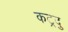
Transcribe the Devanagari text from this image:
कट्रदु